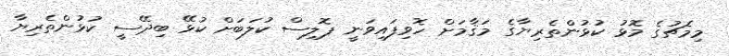
މިމެޗުގެ މޮޅު ކުޅުންތެރިޔާގެ މަޤާމަށް ހޮވިފައިވަނީ ޕޮލިސް ކުލަބަށް ކުޅޭ ބިދޭސީ ކުޅުންތެރިޔާ